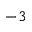
^ { - 3 }